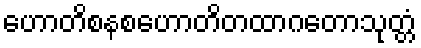
ဟောတိစနစဟောတိတထာဂတောသုတ္တံ